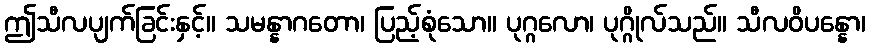
ဤသီလပျက်ခြင်းနှင့်။ သမန္နာဂတော၊ ပြည့်စုံသော။ ပုဂ္ဂလော၊ ပုဂ္ဂိုလ်သည်။ သီလဝိပန္နော၊